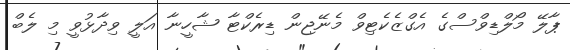
ޕާލޭ މޯލްޑިވްސްގެ އެގްޒެކެޓިވް މެނޭޖިން ޑިރެކްޓާ ޝާހީނާ އަލީ ވިދާޅުވީ މި ލެބް